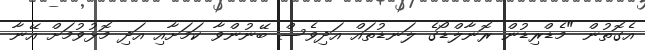
އެގޮތުން "މެޑްރިޑުން ރޮނާލްޑޯގެ ލަނޑުތައް އަދިވެސް ބޭނުންވާ ކަމަށާއި އަދި މޮޅުވުމަށް އޭނާ